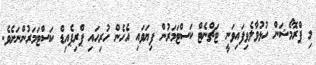
މި ޕްރޮމޯޝަން ހުޅުވާލެވިފައިވަނީ ޓަޗްނެޓް ކަސްޓަމަރުން ފިޔަވައި އެހެން ހުރިހައި ޕްރިޕެއިޑް ކަސްޓަމަރުންނަށެވެ.